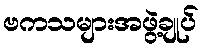
ဗကသများအဖွဲ့ချုပ်